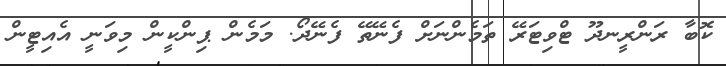
ކޮބާ ރަންރީނދޫ ޓްވިޓަރޭ ތަމެންނަށް ފެނޭތޭ ފެނޭދޯ. މަމެން ޕިންކީން މިވަނީ އެއިޓީން